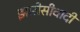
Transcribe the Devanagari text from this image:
झारोसीवादी